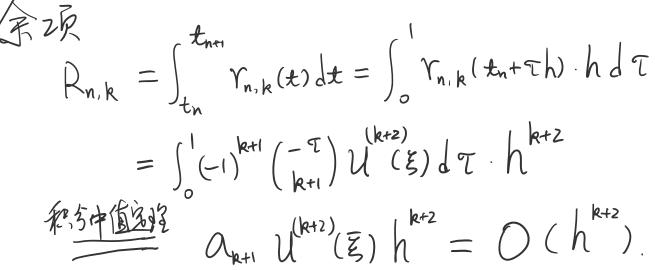
余项\( \quad R_{n,k} &= \int_{t_n}^{t_{n+1}} r_{n,k}(t)dt = \int_{0}^{1} r_{n,k}(t_n + \tau h) \cdot h d\tau \)\\
\[\(&= \int_{0}^{1} (-1)^{k+1} \binom{-\tau}{k+1} u^{ (k+2)} (\xi) d\tau \cdot h^{k+2} \)\]\\
&积分中值定理\[\( \quad \alpha_{k+1} u^{(k+2)} (\xi) h^{k+2} = \mathcal{O}(h^{k+2}).\)\]